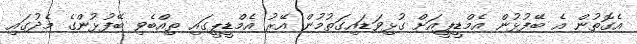
އެގޮތުން އެ ބޭފުޅުން އެމްޑީޕީއަށް ގުޅިވަޑައިގަތުމުން އޭރު އެމްޑީޕީގައި ތިއްބެވި ބޭފުޅުންގެ މެދުގައި